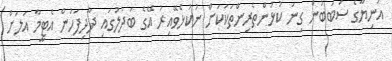
އަނިޔާގެ ސަބަބުން ގިނަ ކުޅުންތެރިންތަކަކަށް ނުކުޅެވޭއިރު އޭގެ ބަދަލުގައި ދާދިފަހުން އެޓީމާ އަލަށް